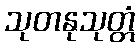
သုတနုသုတ္တံ